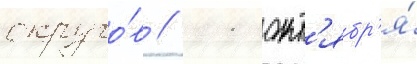
округо́в // 11 окт'ябр'я́